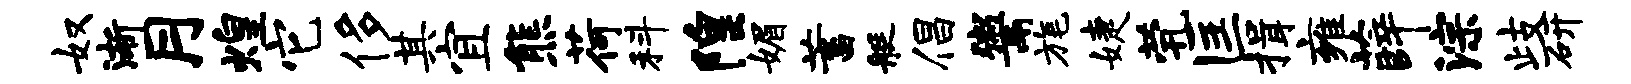
奴渐月煌它侈其宜熊荷科隍媚蓄艇倡鬻旄婕茕匡揖雍薛淙歧研